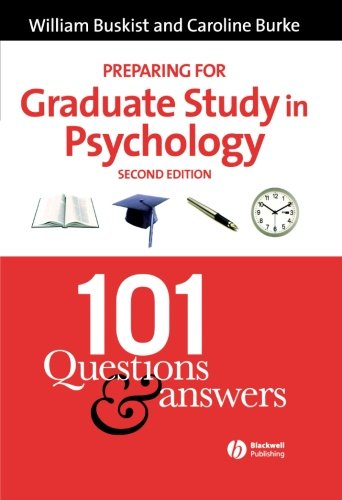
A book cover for Preparing for Graduate Study in Psychology: 101 Questions and Answers; William Buskist; Education & Teaching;